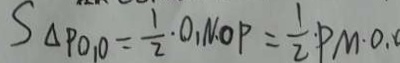
S _ { \Delta } P O _ { 1 } O = \frac { 1 } { 2 } \cdot O _ { 1 } N \cdot O P = \frac { 1 } { 2 } \cdot P M \cdot O .